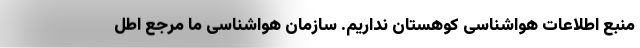
منبع اطلاعات هواشناسی کوهستان نداریم. سازمان هواشناسی ما مرجع اطل